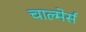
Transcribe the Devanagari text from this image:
चाल्मेर्स